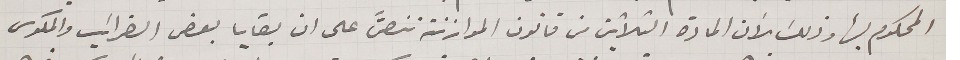
المحكوم بها وذلك لأن المادة الثلاثين من قانون الموازنة تنصَّ على ان بقايا بعض الضرائب والمكوس